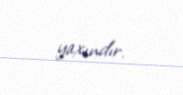
yaxındır.